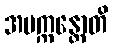
အပက္ကန္တောတိ